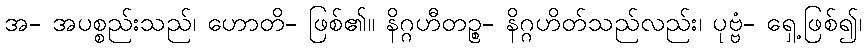
အ- အပစ္စည်းသည်၊ ဟောတိ- ဖြစ်၏။ နိဂ္ဂဟီတဉ္စ- နိဂ္ဂဟိတ်သည်လည်း၊ ပုဗ္ဗံ- ရှေ့ဖြစ်၍၊